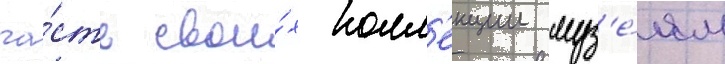
ча́сть свои́х колл'екции муз'е́ям